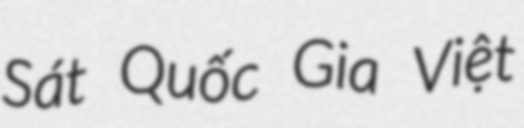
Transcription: Sát Quốc Gia Việt